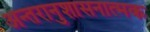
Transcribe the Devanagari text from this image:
अन्तरानुशासनात्मक